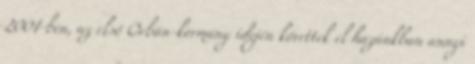
2001-ben, az első Orbán-kormány idején követtek el hazánkban annyi